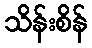
သိန်းစိန်